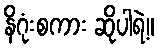
နိဂုံးစကား ဆိုပါရဲ့။